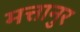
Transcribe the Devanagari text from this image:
मत्तानुर